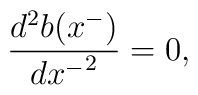
\frac{d^2b(x^-)}{{dx^-}^2} = 0,